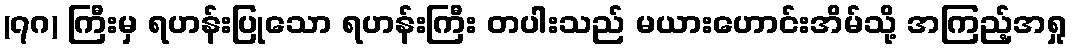
(၇ဂ) ကြီးမှ ရဟန်းပြုသော ရဟန်းကြီး တပါးသည် မယားဟောင်းအိမ်သို့ အကြည့်အရှု